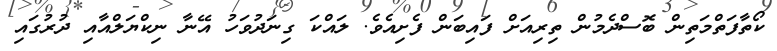
ކޯތާފަތްމަތިން ބޮސްދެމުން ތިރިއަށް ފައިބަން ފެށިއެވެ. ލައްކަ ގިނަދުވަހު އޭނާ ނިކްޔަލްއާއި ދުރުގައި